Distribution and causation of leprosy in British India
Year: 1875
Disease focus: Leprosy
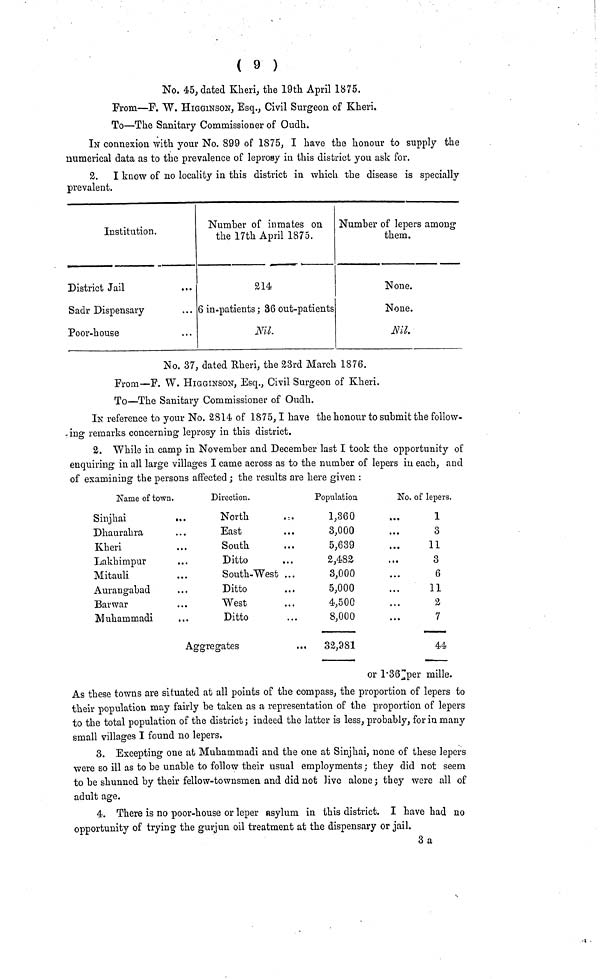
( 9 )
No. 45, dated Kheri, the 19th April 1875.
From—F. W. HIGGINSON, Esq., Civil Surgeon of Kheri.
To—The Sanitary Commissioner of Oudh.
IN connexion with your No. 899 of 1S75, I have the honour to supply the
numerical data as to the prevalence of leprosy in this district you ask for.
2. I know of no locality in this district in which the disease is specially
prevalent.
Institution.
District Jail
Sadr Dispensary
Poor-house
Number of inmates on
the 17th April 1875.
214
6 in-patients; 36 out-patients
Nil.
Number of lepers among
them.
None.
None.
Nil.
No. 37, dated Rheri, the 23rd March 1876.
From—F. W. HIGGINSON, Esq., Civil Surgeon of Kheri.
To—The Sanitary Commissioner of Oudh.
IN reference to your No. 2814 of 1875, I have the honour to submit the follow-
ing remarks concerning leprosy in this district.
2. While in camp in November and December last I took the opportunity of
enquiring in all large villages I came across as to the number of lepers in each, and
of examining the persons affected; the results are here given :
Name of town.
Sinjhai
Dhaurahra
Kheri
Lakhimpur
Mitauli
Aurangabad
Barwar
Muhammadi
Direction.
North
East
South
Ditto
South-West ...
Ditto
West
Ditto
Aggregates
Population
1,360
3,000
5,639
2,482
3,000
5,000
4,500
8,000
32,981
No. of lepers.
1
3
11
3
6
11
2
7
44
or 1.36 per mille.
As these towns are situated at all points of the compass, the proportion of lepers to
their population may fairly be taken as a representation of the proportion of lepers
to the total population of the district; indeed the latter is less, probably, for in many
small villages I found no lepers.
3. Excepting one at Muhammadi and the one at Sinjhai, none of these lepers
were so ill as to be unable to follow their usual employments; they did not seem
to be shunned by their fellow-townsmen and did not live alone; they were all of
adult age.
4. There is no poor-house or leper asylum in this district. I have had no
opportunity of trying the gurjun oil treatment at the dispensary or jail.
3a